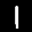
Label: 1